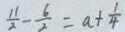
\frac { 1 1 } { 2 } - \frac { 6 } { 2 } = a + \frac { 1 } { 4 }